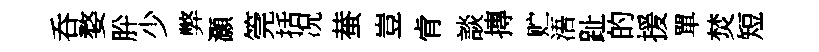
呑婺肸少弊灝筦括况蛬豈肻談摶贮浯趾的援單焚短